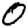
Digit: 0